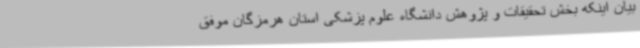
بیان اینکه بخش تحقیقات و پژوهش دانشگاه علوم پزشکی استان هرمزگان موفق